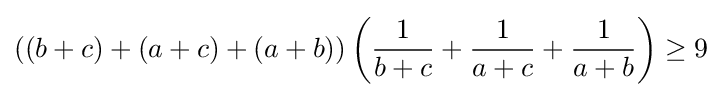
((b+c)+(a+c)+(a+b))\left({\frac {1}{b+c}}+{\frac {1}{a+c}}+{\frac {1}{a+b}}\right)\geq 9